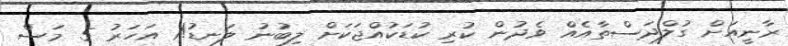
ރާނީއަށް ގުލްދަސްތާއެއް ވެދުން ކުރި ކުޑަކުއްޖަކަށް ލިބުނު ލަނޑު!1 އަހަރު 5 މަސް